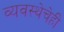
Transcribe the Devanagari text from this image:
व्यवस्थेचेही